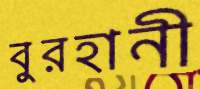
বুরহানী